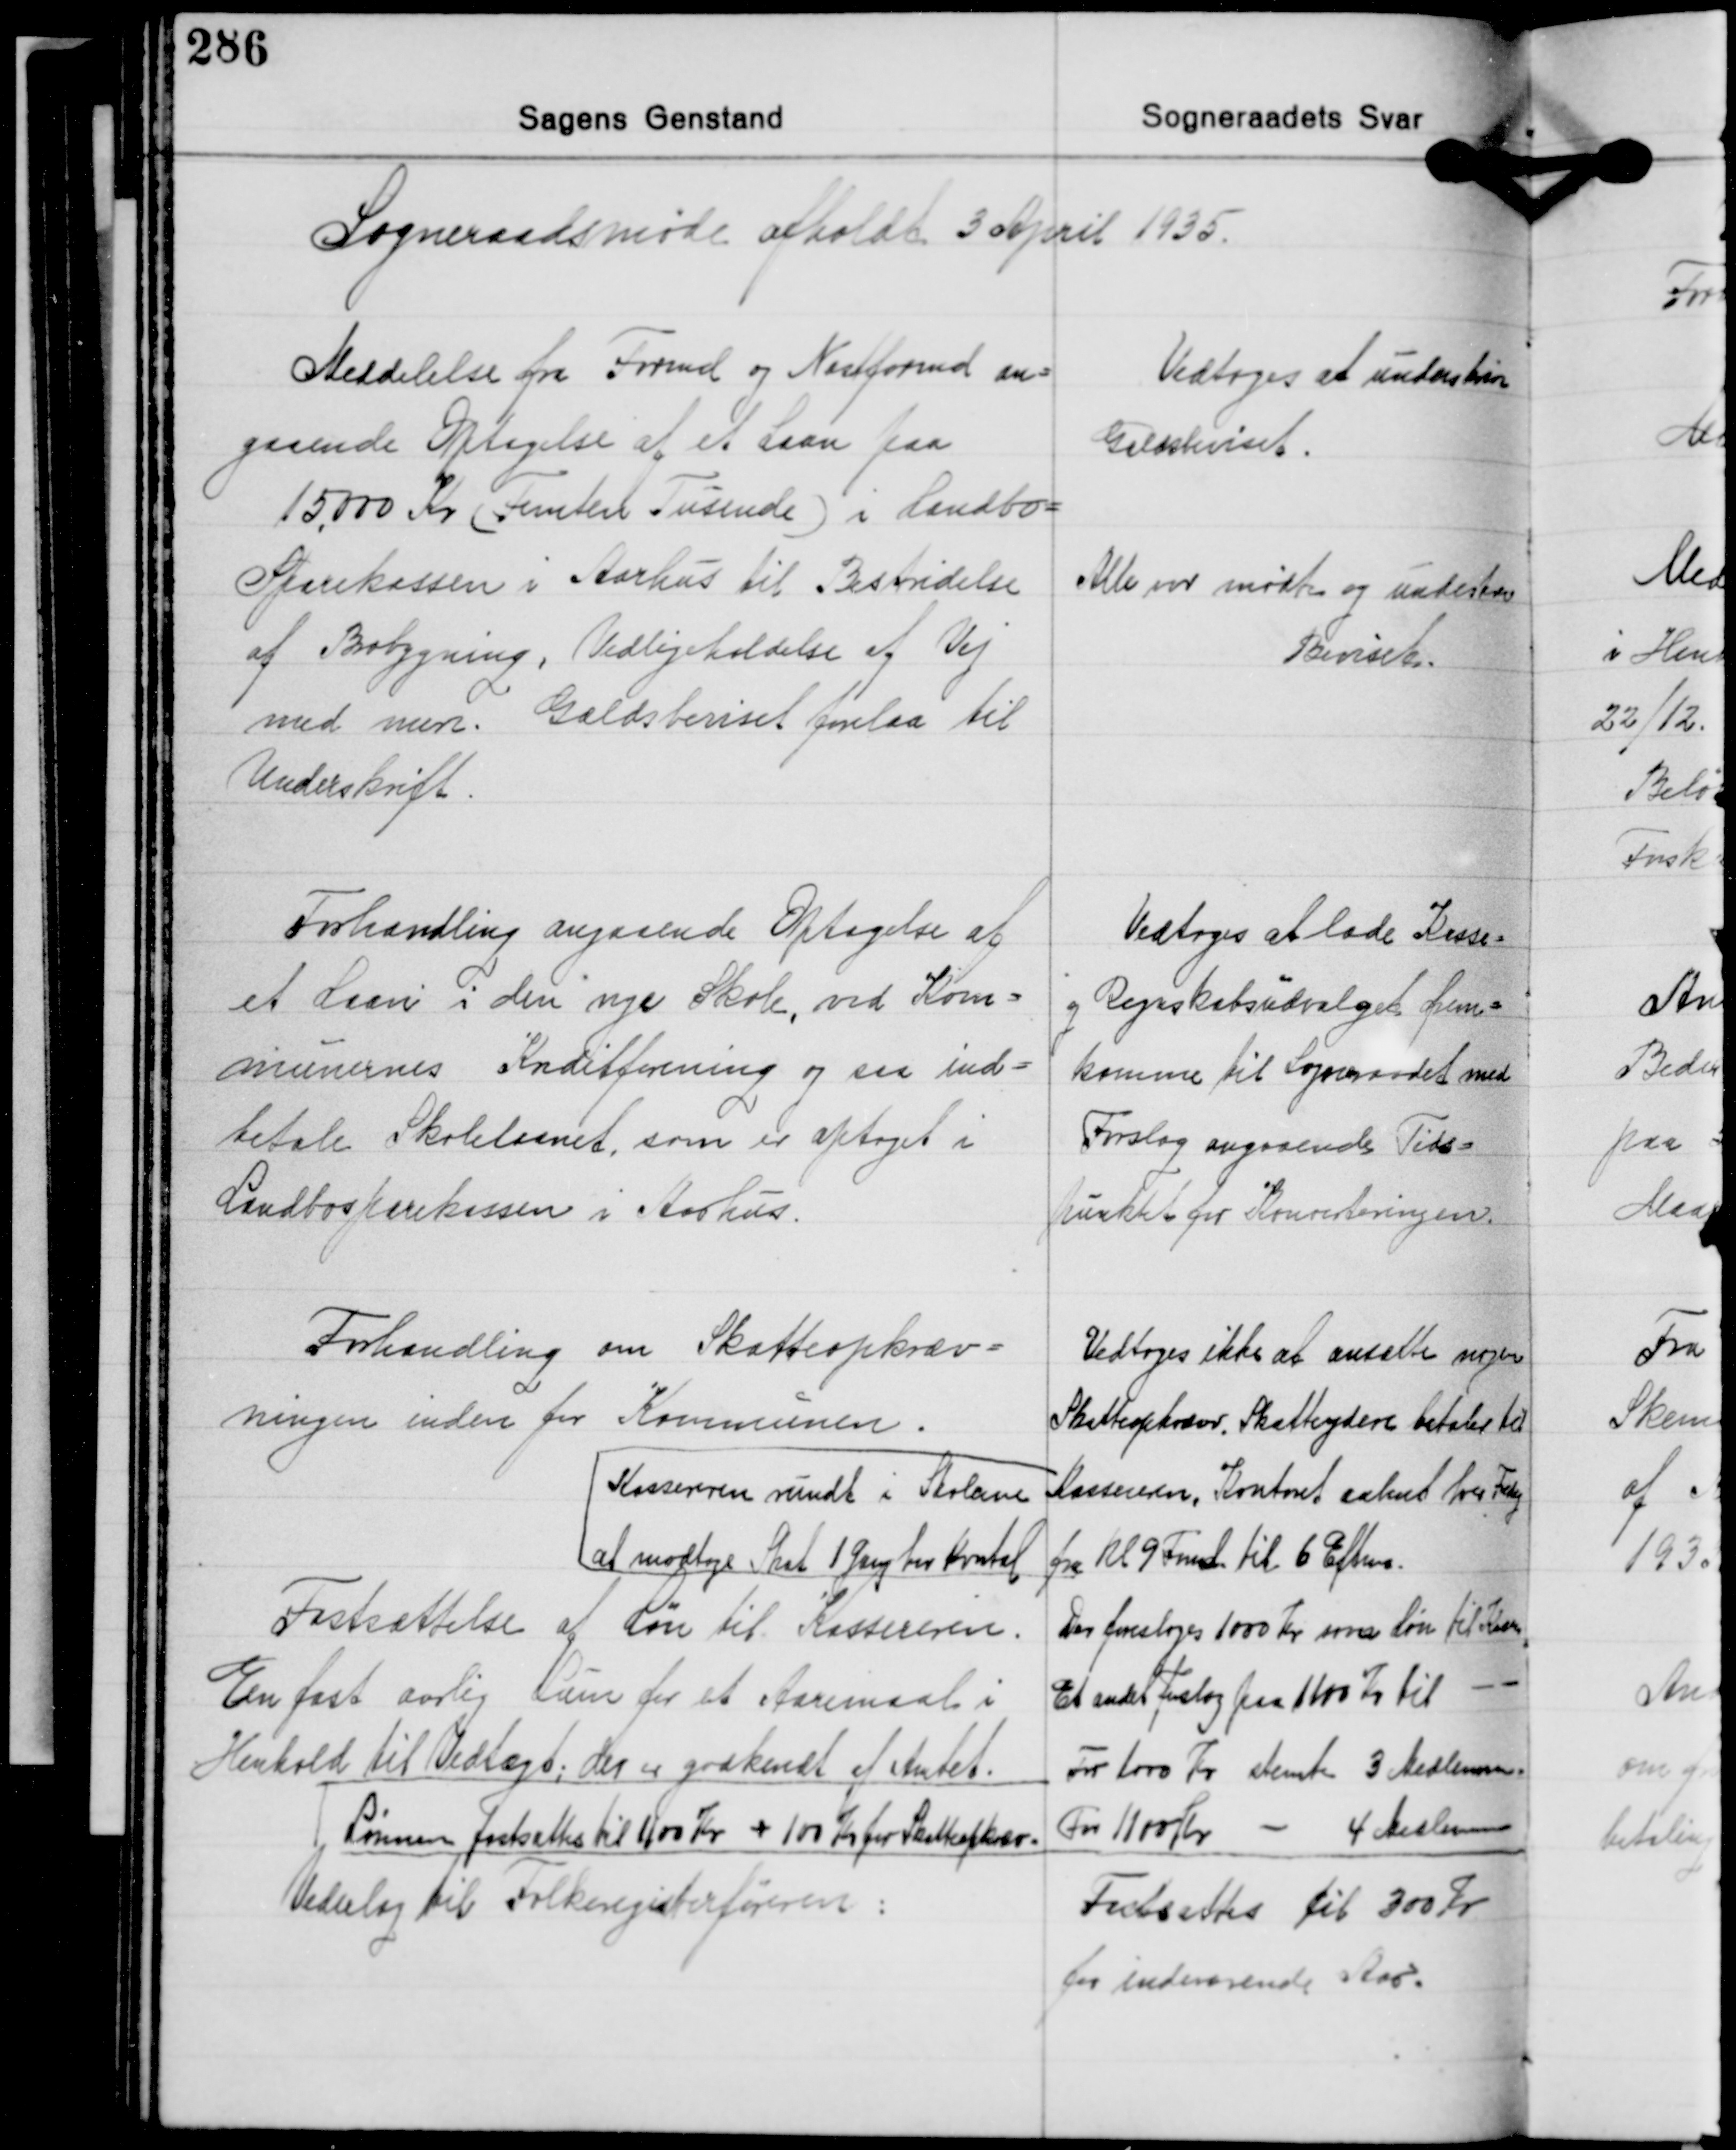
Transskription:
Sogneraadsmøde afholdt 3 April 1935.

Meddelelse fra Formd. og Næstformd an-
gaaende Optagelse af et Laan paa
15.000 Kr. (Femten Tusinde) i Landbo-
Sparekassen i Aarhus til Bestridelse
af Brobygning, Vedligeholdelse af Vej
med mere. Gældsbeviset forelaa til
Underskrift

Vedtoges at underskrive
Gældsbeviset.

Alle var mødte og underskrev
Beviset

Forhandling angaaende Optagelse af
et Laan i den nye Skole, ved Kom-
munernes Kreditforening og saa ind-
betale Skolelaanet, som er optaget i
Landbosparekassen i Aarhus.

Vedtoges at lade Kasse-
og Regnskabsudvalget frem-
komme til Sogneraadet med
Forslag angaaende Tids-
punktet for Konverteringen.

Forhandling om Skatteopkræv-
ningen inden for Kommunen.
Kassereren rundt i Skolerne
at modtage Skat 1 Gang hver Kvartal
Fastsættelse af Løn til Kassereren.
En fast aarlig Løn for et Aaremaal i
Henhold til Vedtægt; der er godkendt af Amtet.
Lønnen fastsattes til 1100 Kr. + 100 Kr. for Skatteopkræv.
Vederlag til Folkeregisterføreren:

Vedtoges ikke at ansætte nogen
Skatteopkræver, Skatteydere betaler til
Kassereren, Kontoret aabent hver Fredag
fra Kl. 9 Fmd. til 6 Efterm.
Der foresloges 1000 Kr. som løn til Kassereren
Et andet foslag paa 1100 Kr. til -
For 1000 Kr. stemte 3 Medlemmer
For 1100 Kr. - 4 Medlemmer
Fastsættes til 300 Kr.
for indeværende Aar.